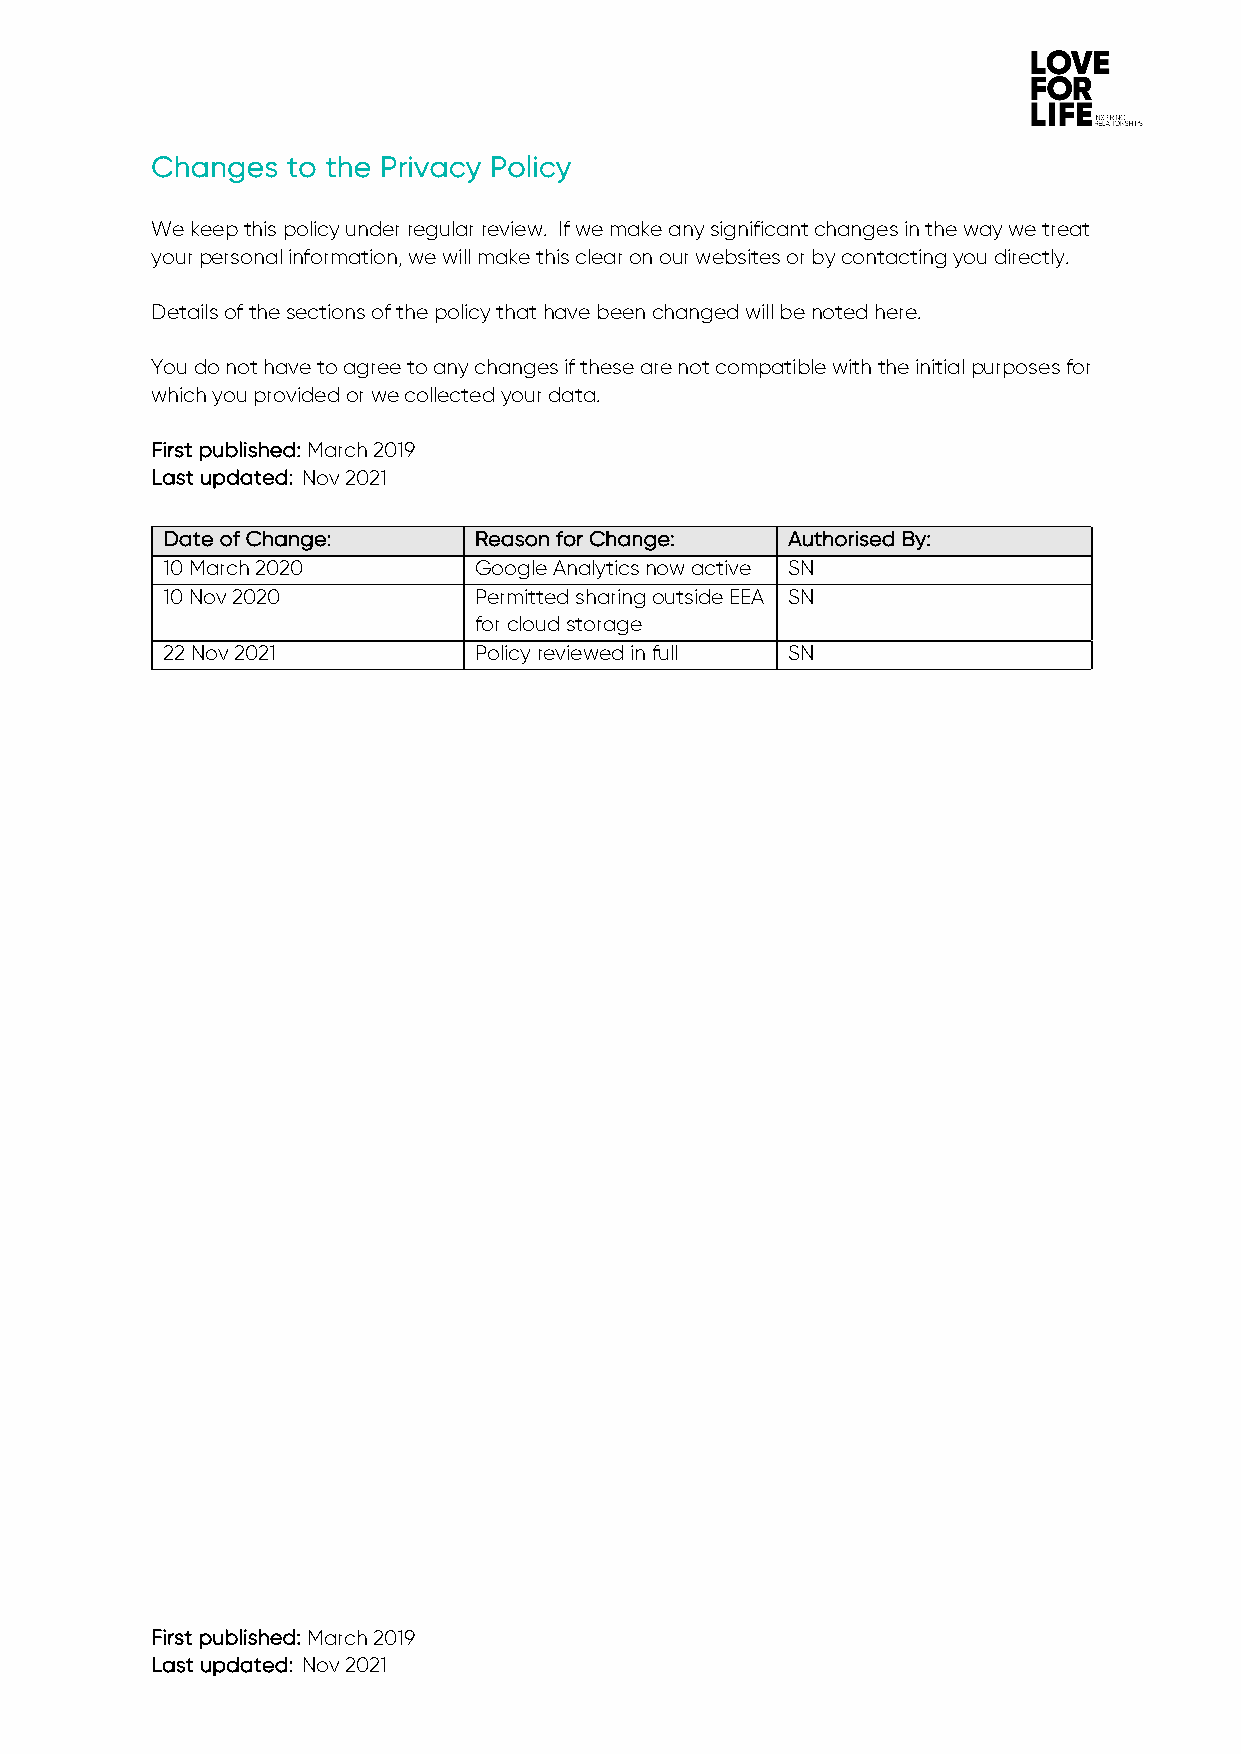
Changes  to the Privacy Policy
 We keep this policy under regular review. If we make any significant changes in the way we treat
 your personal information, we will make this clear on our websites or by contacting you directly.
 Details of the sections of the policy that have been changed will be noted here.
 You do not have to agree to any changes if these are not compatible with the initial purposes for
 which you provided or we collected your data.
 First published: March 2019
 Last updated: Nov 2021
 Date of Change:     Reason for Change:   Authorised By:
 10 March 2020       Google Analytics now active SN
 10 Nov 2020         Permitted sharing outside EEA SN
 for cloud storage
 22 Nov 2021         Policy reviewed in full SN
 First published: March 2019
 Last updated: Nov 2021